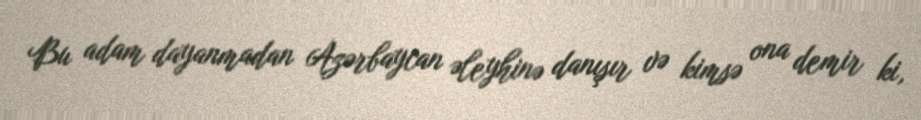
Bu adam dayanmadan Azərbaycan əleyhinə danışır və kimsə ona demir ki,